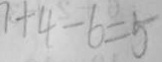
7 + 4 - 6 = 5